Leaving Certificate Examination (including Day School Certificate (Higher) General paper), 1933
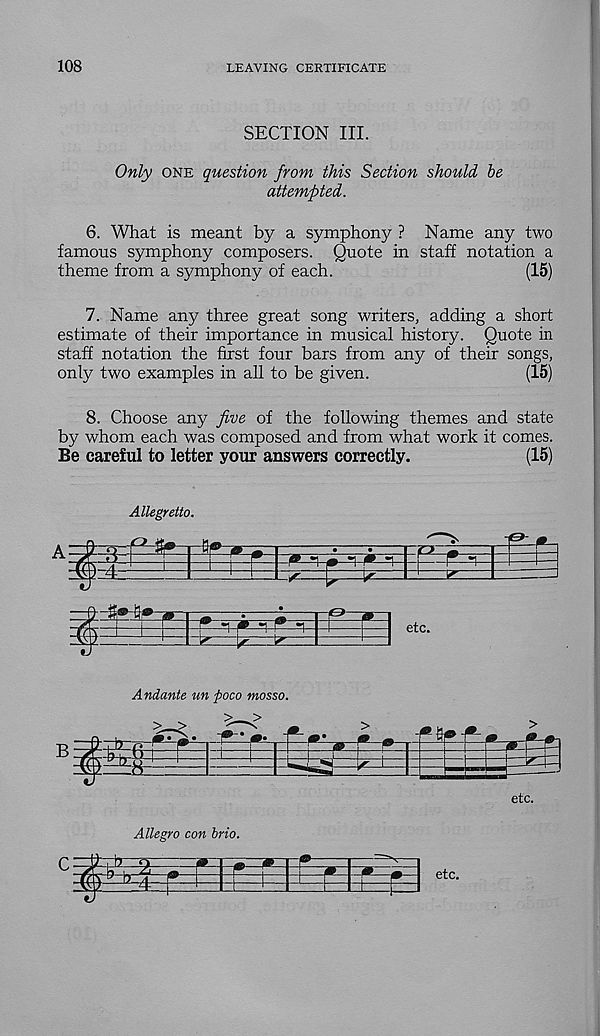
108
LEAVING CERTIFICATE
SECTION III.
Only one question from this Section should be
attempted.
6. What is meant by a symphony ? Name any two
famous symphony composers. Quote in staff notation a
theme from a symphony of each.
(15)
7. Name any three great song writers, adding a short
estimate of their importance in musical history. Quote in
staff notation the first four bars from any of their songs,
only two examples in all to be given.
(15)
8. Choose any five of the following themes and state
by whom each was composed and from what work it comes.
Be careful to letter your answers correctly.
(15)
Allegretto.
-v—^
1—
^ 1
1 ^~T
5
%
i h
etc.
Andante un poco mosso.
> >
> >
£ I** ^ »
±
Allegro con brio.
etc.
etc.